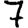
Digit: 7